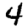
Digit: 4